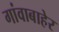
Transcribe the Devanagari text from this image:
गांवाबाहेर